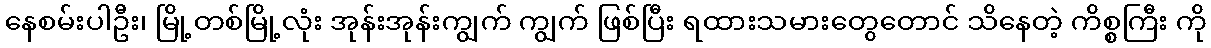
နေစမ်းပါဦး၊ မြို့တစ်မြို့လုံး အုန်းအုန်းကျွက် ကျွက် ဖြစ်ပြီး ရထားသမားတွေတောင် သိနေတဲ့ ကိစ္စကြီး ကို